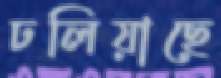
ঢলিয়াছে